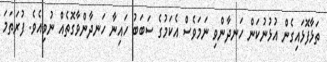
ތަޅާފޮޅައިގެން އުޅުނުކަން ހަނދާންވި ނަމަވެސް އެކަމުގެ ސަބަބު ހައިނާ ހަނދާންވާގޮތެއް ނުވިއެވެ. ފުރަތަމަ